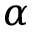
\alpha